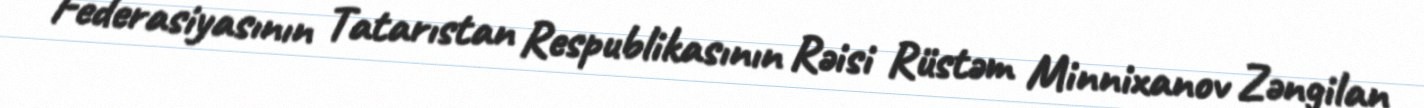
Federasiyasının Tatarıstan Respublikasının Rəisi Rüstəm Minnixanov Zəngilan